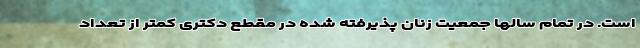
است. در تمام سالها جمعیت زنان پذیرفته شده در مقطع دکتری کمتر از تعداد